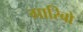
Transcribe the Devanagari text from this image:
गारिबो